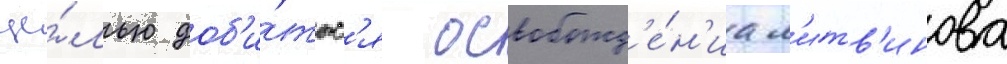
це́лью доб'и́тьс'я освобожд'е́н'иа л'итв'инова